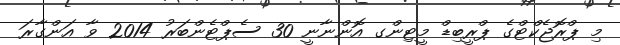
މި ޕްރޮޖެކްޓްގެ ޕްރީބިޑް މީޓިންގ އޮންނާނީ 30 ސެޕްޓެންބަރު 2014 ވާ އަންގާރަ